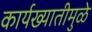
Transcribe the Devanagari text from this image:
कार्यख्यातीमुळे